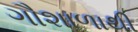
ગૌશાળાથી